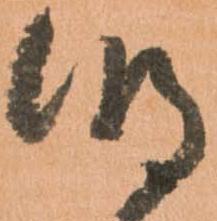
明